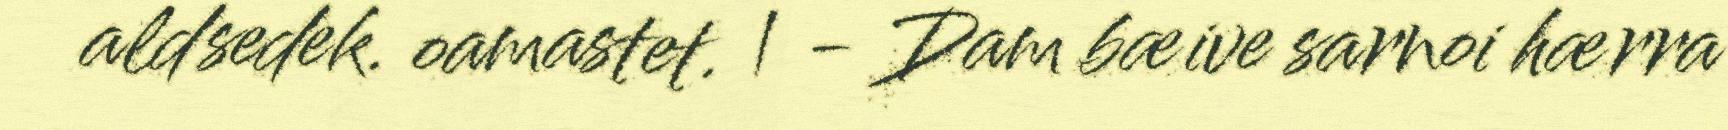
aldsedek. oamastet. | - Dam bæive sarnoi hærra